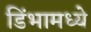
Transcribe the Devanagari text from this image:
डिंभामध्ये